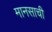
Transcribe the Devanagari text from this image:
मानसाची